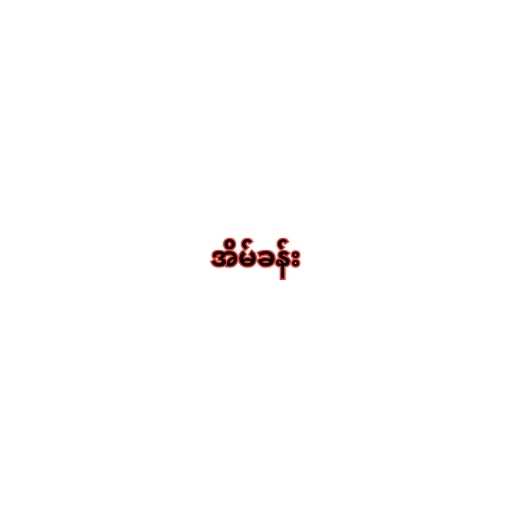
အိမ်ခန်း